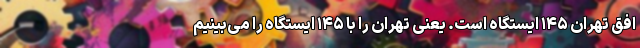
افق تهران ١۴۵ ایستگاه است. یعنی تهران را با ١۴۵ ایستگاه را می‌بینیم